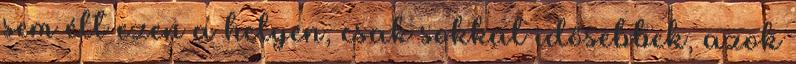
sem élt ezen a helyen, csak sokkal idősebbek, azok